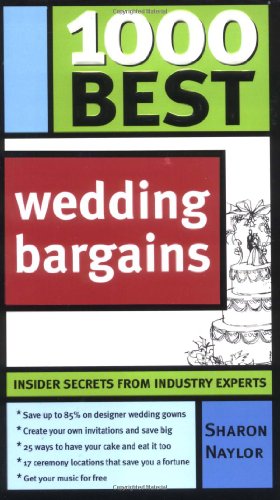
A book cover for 1000 Best Wedding Bargains; Sharon Naylor; Crafts, Hobbies & Home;